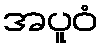
အပူဝံ